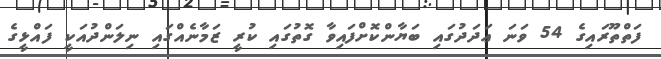
ފަތްތޫރައިގެ 54 ވަނަ ޢަދަދުގައި ބަޔާންކޮށްފައިވާ ގޮތުގައި ކުރީ ޒަމާނެއްގައި ނިލަންދުއަކީ ފައްޅީގެ